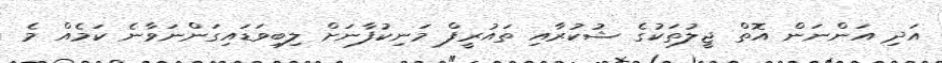
އަދި އަންނަން އޮތް ޖީލުތަކުގެ ޝުކުރާއި ތައުރީފް މަނިކުފާނަށް ލިބިވަޑައިގަންނަވާނެ ކަމެއް މެ